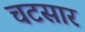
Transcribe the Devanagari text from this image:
चटसार